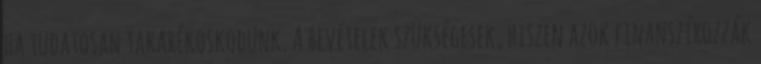
ha tudatosan takarékoskodunk. A bevételek szükségesek, hiszen azok finanszírozzák